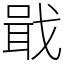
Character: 戢